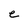
Character: e